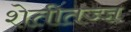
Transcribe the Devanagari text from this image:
शेतीतज्‍ज्ञ